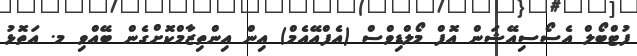
ފުޓްބޯލް އެސޯސިއޭޝަން އޮފް މޯލްޑިވްސް (އެފްއޭއެމް) އިން އިންތިޒާމްކޮށްގެން ބޭއްވި މ. އަތޮޅު